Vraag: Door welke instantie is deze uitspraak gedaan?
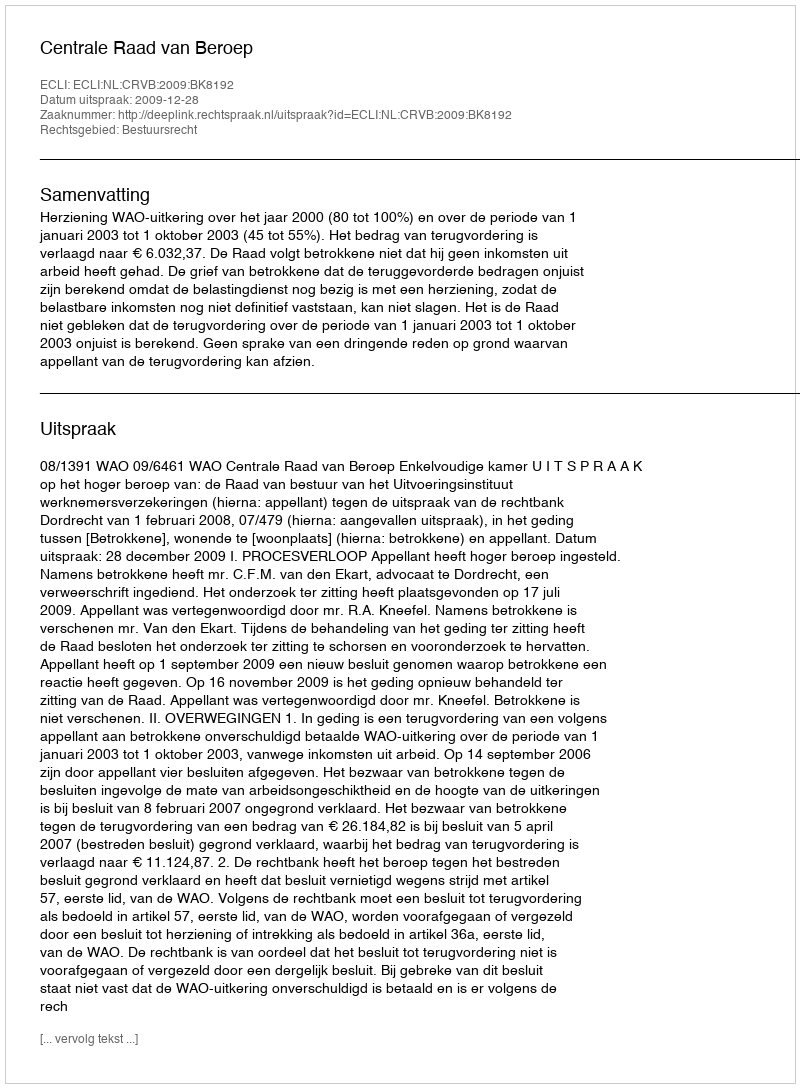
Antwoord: Centrale Raad van Beroep